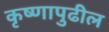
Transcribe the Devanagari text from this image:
कृष्णापुढील